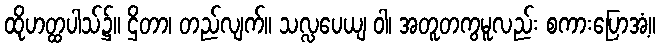
ထိုဟတ္ထပါသ်၌။ ဌိတာ၊ တည်လျက်။ သလ္လပေယျ ဝါ၊ အတူတကွမူလည်း စကားပြောအံ့။